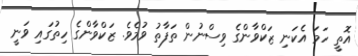
އޮތީ ހަމަ އެކަނި ޒަކްވާންގެ ވިސްނުން ތަފާތު ވުމެވެ. ޒަކްވާންގެ ހިތުގައި ވަނީ